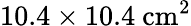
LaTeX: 10.4\times 10.4~\mathrm{cm}^{2}